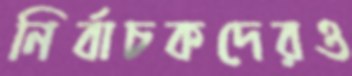
নির্বাচকদেরও